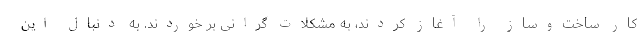
کار ساخت‌وساز را آغاز کردند، به مشکلات گرانی بر خوردند. به دنبال این